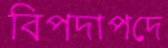
বিপদাপদে